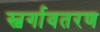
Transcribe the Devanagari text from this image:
स्वर्गावतरण